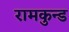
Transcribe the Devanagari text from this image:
रामकुन्ड